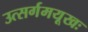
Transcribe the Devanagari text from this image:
उत्सर्गमयूखः